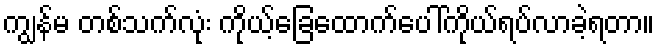
ကျွန်မ တစ်သက်လုံး ကိုယ့်ခြေထောက်ပေါ်ကိုယ်ရပ်လာခဲ့ရတာ။